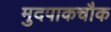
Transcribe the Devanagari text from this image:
मुदपाकचौक